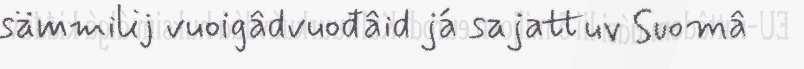
sämmilij vuoigâdvuođâid já sajattuv Suomâ